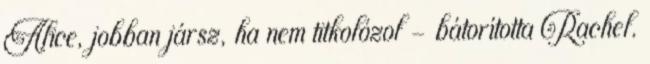
Alice, jobban jársz, ha nem titkolózol – bátorította Rachel.